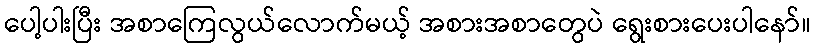
ပေါ့ပါးပြီး အစာကြေလွယ်လောက်မယ့် အစားအစာတွေပဲ ရွေးစားပေးပါနော်။